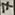
Text: 7